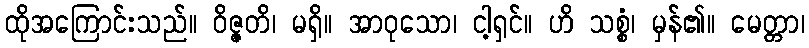
ထိုအကြောင်းသည်။ ဝိဇ္ဇတိ၊ မရှိ။ အာဝုသော၊ ငါ့ရှင်။ ဟိ သစ္စံ၊ မှန်၏။ မေတ္တာ၊